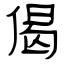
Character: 偈